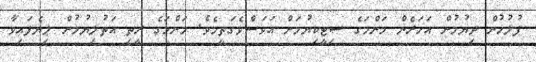
ފުލުހުން ދިޔުމުން އަހަރެން މަންމަގެ ސިޓީކިޔުމަށް އަވަސްވެގަތީމެވެ. މަންމަގެ ރީތި އަތުލިޔުމުން ލިޔެފައިވާ